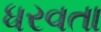
ધરવતા